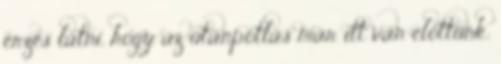
érzés látni, hogy az utánpótlás már itt van előttünk.